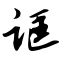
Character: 诓